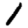
Digit: 1